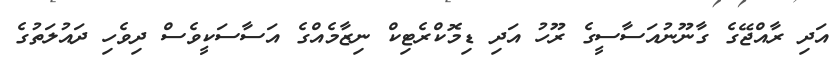
އަދި ރާއްޖޭގެ ގާނޫނުއަސާސީގެ ރޫހު އަދި ޑިމޮކްރެޓިކް ނިޒާމެއްގެ އަސާސަކީވެސް ދިވެހި ދައުލަތުގެ